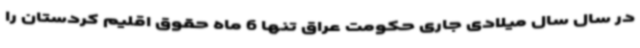
در سال سال میلادی جاری حکومت عراق تنها 6 ماه حقوق اقلیم کردستان را